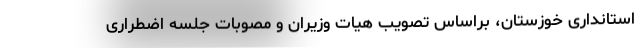
استانداری خوزستان، براساس تصویب هیات وزیران و مصوبات جلسه اضطراری